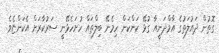
ގޮތުން ދައުލަތުގެ އާމްދަނީއާ ގުޅޭ ކަންކަން ހިމެނޭ ބިލްތައް ހުށަހެޅޭނީ ސަރުކާރަށް އެކަންޏެވެ.